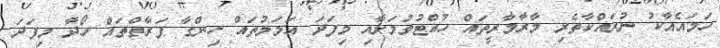
ހަމައެއާކު ނުރައްކާތެރި މާރާމާރީތައް ހުއްޓުވުމަށާއި މިފަދަ އަމަލުތައް ހިންގާ ފަރާތްތައް ހޯދާ މިފަދަ